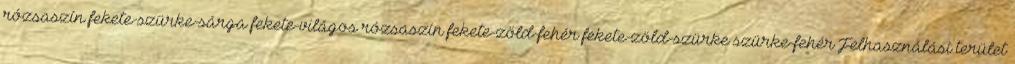
rózsaszín fekete-szürke-sárga fekete-világos rózsaszín fekete-zöld-fehér fekete-zöld-szürke szürke-fehér Felhasználási terület